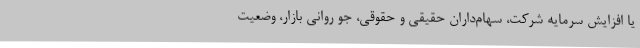
یا افزایش سرمایه شرکت، سهام‌داران حقیقی و حقوقی، جو روانی بازار، وضعیت